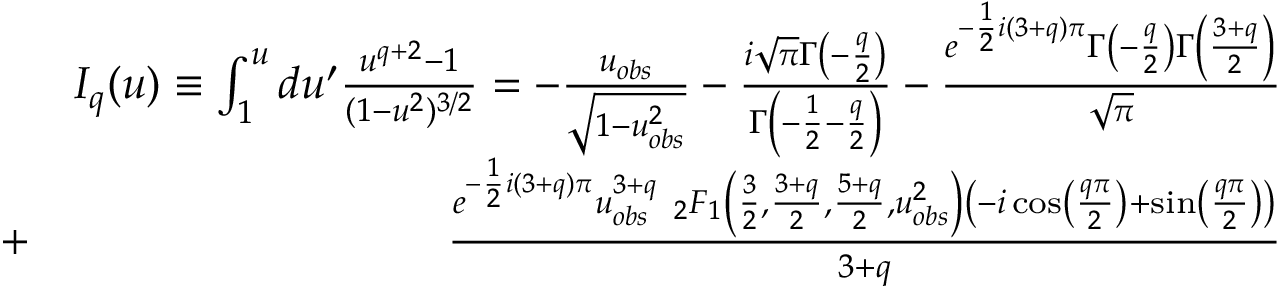
\begin{array} { r l r } & { } & { I _ { q } ( u ) \equiv \int _ { 1 } ^ { u } d u ^ { \prime } \frac { u ^ { q + 2 } - 1 } { ( 1 - u ^ { 2 } ) ^ { 3 / 2 } } = - \frac { u _ { o b s } } { \sqrt { 1 - { u _ { o b s } ^ { 2 } } } } - \frac { i \sqrt { \pi } \Gamma \left( - \frac { q } { 2 } \right) } { \Gamma \left( - \frac { 1 } { 2 } - \frac { q } { 2 } \right) } - \frac { e ^ { - \frac { 1 } { 2 } i ( 3 + q ) \pi } \Gamma \left( - \frac { q } { 2 } \right) \Gamma \left( \frac { 3 + q } { 2 } \right) } { \sqrt { \pi } } } \\ & { + } & { \frac { e ^ { - \frac { 1 } { 2 } i ( 3 + q ) \pi } u _ { o b s } ^ { 3 + q } \ _ { 2 } F _ { 1 } \left( \frac { 3 } { 2 } , \frac { 3 + q } { 2 } , \frac { 5 + q } { 2 } , u _ { o b s } ^ { 2 } \right) \left( - i \cos \left( \frac { q \pi } { 2 } \right) + \sin \left( \frac { q \pi } { 2 } \right) \right) } { 3 + q } } \end{array}